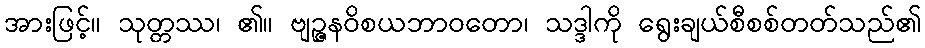
အားဖြင့်။ သုတ္တဿ၊ ၏။ ဗျဉ္ဇနဝိစယဘာဝတော၊ သဒ္ဒါကို ရွေးချယ်စီစစ်တတ်သည်၏